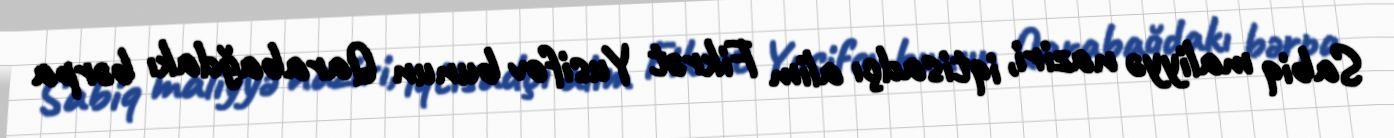
Sabiq maliyyə naziri, iqtisadçı alim Fikrət Yusifov bunun Qarabağdakı bərpa